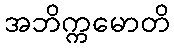
အဘိက္ကမောတိ